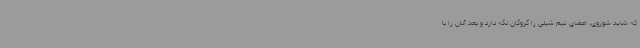
که شاید شوروی، اعضای تیم شیلی را گروگان نگه دارد و بعد آنان را با